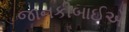
જાનકીબાઈએ